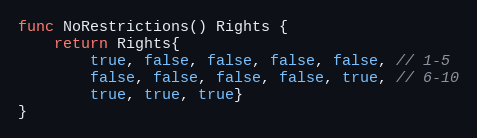
Language: Go
func NoRestrictions() Rights {
	return Rights{
		true, false, false, false, false, // 1-5
		false, false, false, false, true, // 6-10
		true, true, true}
}